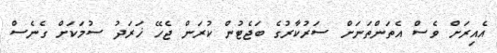
އެއިރަށް ވެސް އެތަންތަނަށް ސަރުކާރުގެ ބަޖެޓުން ކުރަން ޖެހޭ ޚަރަދު ސުމަކަށް ގެނެސް